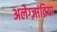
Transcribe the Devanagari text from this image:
अलेग्ज़ांद्रिया